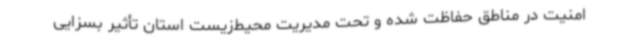
امنیت در مناطق حفاظت شده و تحت مدیریت محیط‌زیست استان تأثیر بسزایی